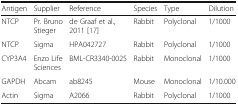
| Antigen | Supplier | Reference | Species | Type | Dilution |
 | --- | --- | --- | --- | --- | --- |
 | NTCP | Pr. Bruno Stieger | de Graaf et al., 2011 [17] | Rabbit | Polyclonal | 1/1000 |
 | NTCP | Sigma | HPA042727 | Rabbit | Polyclonal | 1/1000 |
 | CYP3A4 | Enzo Life Sciences | BML-CR3340-0025 | Rabbit | Monoclonal | 1/1000 |
 | GAPDH | Abcam | ab8245 | Mouse | Monoclonal | 1/10.000 |
 | Actin | Sigma | A2066 | Rabbit | Polyclonal | 1/1000 |